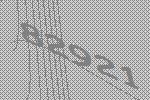
82921